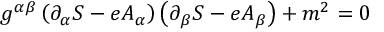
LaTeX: g ^ { \alpha \beta } \left( \partial _ { \alpha } S - e A _ { \alpha } \right) \left( \partial _ { \beta } S - e A _ { \beta } \right) + m ^ { 2 } = 0